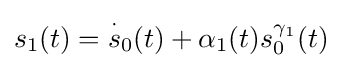
s_{1}(t)={\overset {\cdot }{s}}_{0}(t)+\alpha _{1}(t)s_{0}^{\gamma _{1}}(t)